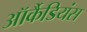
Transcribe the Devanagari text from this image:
ऑर्कैडियंस